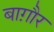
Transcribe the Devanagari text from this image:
बाग़ौर